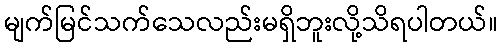
မျက်မြင်သက်သေလည်းမရှိဘူးလို့သိရပါတယ်။